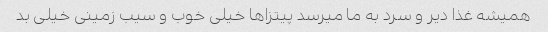
همیشه غذا دیر و سرد به ما میرسد پیتزاها خیلی خوب و سیب زمینی خیلی بد